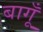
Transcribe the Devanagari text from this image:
बागूँ